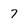
Character: 7